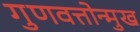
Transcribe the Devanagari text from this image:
गुणवत्तोन्मुख